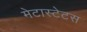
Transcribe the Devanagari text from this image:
मेटास्टेटस